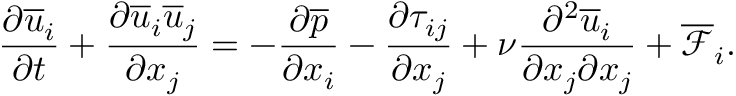
\frac { \partial \overline { { u } } _ { i } } { \partial t } + \frac { \partial \overline { { u } } _ { i } \overline { { u } } _ { j } } { \partial x _ { j } } = - \frac { \partial \overline { { p } } } { \partial x _ { i } } - \frac { \partial \tau _ { i j } } { \partial x _ { j } } + \nu \frac { \partial ^ { 2 } \overline { { u } } _ { i } } { \partial x _ { j } \partial x _ { j } } + \overline { { \mathcal { F } } } _ { i } .